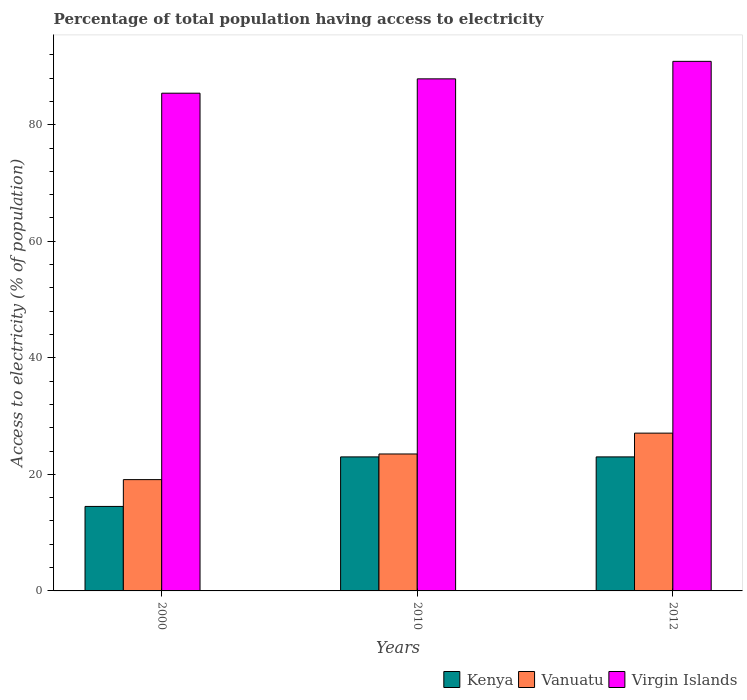
| Years | Kenya | Vanuatu | Virgin Islands |
 | --- | --- | --- | --- |
 | 2000 | 14.5 | 19.1 | 85.4 |
 | 2010 | 23 | 23.5 | 87.9 |
 | 2012 | 23 | 27.1 | 90.9 |